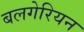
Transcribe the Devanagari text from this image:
बलगेरियन